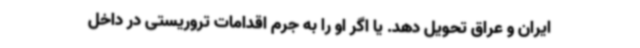
ایران و عراق تحویل دهد. یا اگر او را به جرم اقدامات تروریستی در داخل